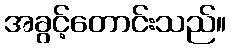
အခွင့်တောင်းသည်။